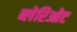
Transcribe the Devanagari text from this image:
ब्लेरिओट